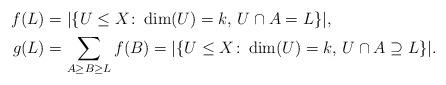
LaTeX: \begin{align*} f(L) &= |\{U \le X \colon \dim(U)=k, \, U \cap A = L\}|, \\ g(L) &= \sum_{A \ge B \ge L} f(B) = |\{U \le X \colon \dim(U)= k, \, U \cap A \supseteq L\}|.\end{align*}